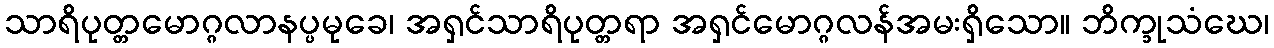
သာရိပုတ္တမောဂ္ဂလာနပ္ပမုခေ၊ အရှင်သာရိပုတ္တရာ အရှင်မောဂ္ဂလန်အမးရှိသော။ ဘိက္ခုသံဃေ၊